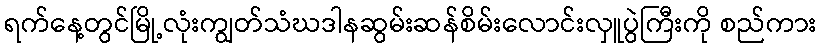
ရက်နေ့တွင်မြို့လုံးကျွတ်သံဃဒါနဆွမ်းဆန်စိမ်းလောင်းလှူပွဲကြီးကို စည်ကား